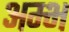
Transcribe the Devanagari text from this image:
अम्भ